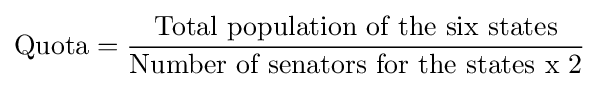
{\mbox{Quota}}={\frac {\mbox{Total population of the six states}}{\mbox{Number of senators for the states x 2}}}